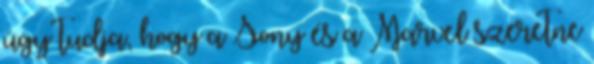
úgy tudja, hogy a Sony és a Marvel szeretne